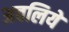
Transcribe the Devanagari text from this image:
अवलिये